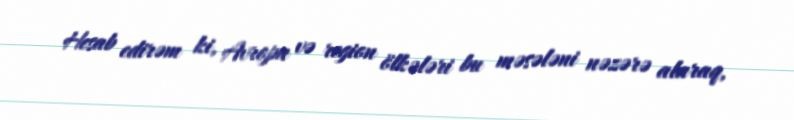
Hesab edirəm ki, Avropa və region ölkələri bu məsələni nəzərə alaraq,